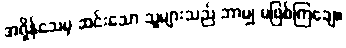
အရှိန်သေမှ ဆင်းသော သူများသည် ဘာမျှ မဖြစ်ကြချေ။